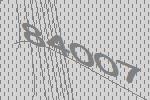
84007